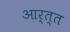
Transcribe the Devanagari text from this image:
आर्त्त